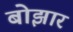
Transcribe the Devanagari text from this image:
बोझार